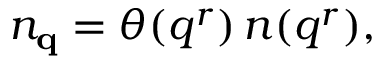
n _ { { \bf q } } = \theta ( q ^ { r } ) \, n ( q ^ { r } ) ,